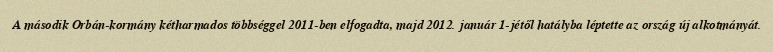
A második Orbán-kormány kétharmados többséggel 2011-ben elfogadta, majd 2012. január 1-jétől hatályba léptette az ország új alkotmányát.